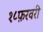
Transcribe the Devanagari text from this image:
१८फ़रवरी